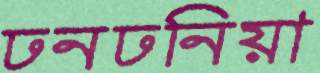
ঢনঢনিয়া